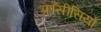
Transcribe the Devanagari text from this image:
फ़्राँसीसियों